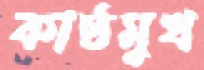
কাষ্ঠমুখ